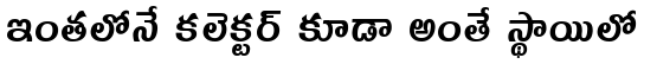
ఇంతలోనే కలెక్టర్ కూడా అంతే స్థాయిలో